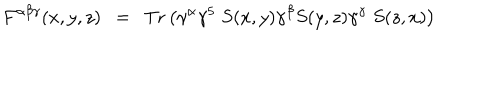
F ^ { \alpha \beta \gamma } ( x , y , z ) \ \ = \ \ \mathrm { T r } \left( \gamma ^ { \alpha } \gamma ^ { 5 } \; S ( x , y ) \gamma ^ { \beta } S ( y , z ) \gamma ^ { \gamma } \; S ( z , x ) \right)